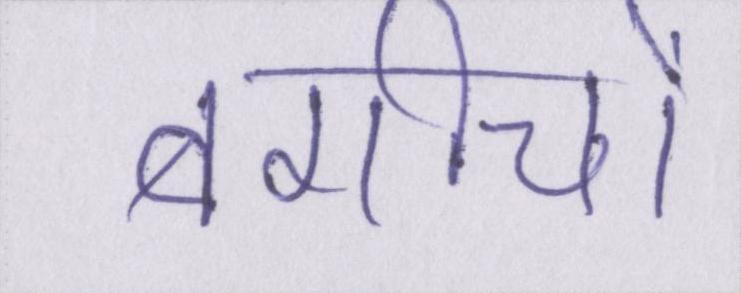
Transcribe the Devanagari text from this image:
बगीचों